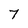
Character: 7